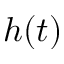
h ( t )